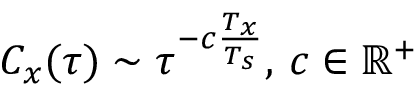
C _ { x } ( \tau ) \sim \tau ^ { - c \frac { T _ { x } } { T _ { s } } } , \, c \in \mathbb { R } ^ { + }